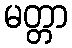
မတ္တာ